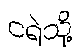
ငရဲသို့